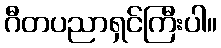
ဂီတပညာရှင်ကြီးပါ။